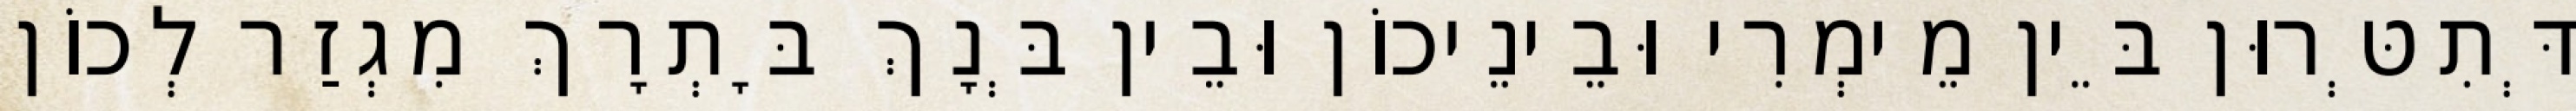
דְּתִטְּרוּן בֵּין מֵימְרִי וּבֵינֵיכוֹן וּבֵין בְּנָךְ בָּתְרָךְ מִגְזַר לְכוֹן